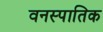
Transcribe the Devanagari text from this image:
वनस्पातिक